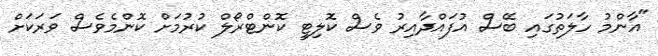
"އާންމު ހާލަތުގައި ބޭސް އުފައްދާއިރު ވެސް ކޮލިޓީ ކޮންޓްރޯލް ކުރުމަށް ކޮންމެވެސް ވަރަކަށް